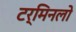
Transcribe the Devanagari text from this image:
टर्मिनलो